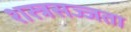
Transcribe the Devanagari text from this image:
शस्त्रसज्जता